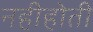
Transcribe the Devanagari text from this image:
नहीहोती